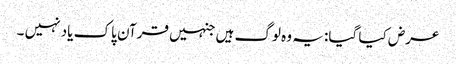
عرض کیا گیا: یہ وہ لوگ ہیں جنہیں قرآن پاک یاد نہیں ۔